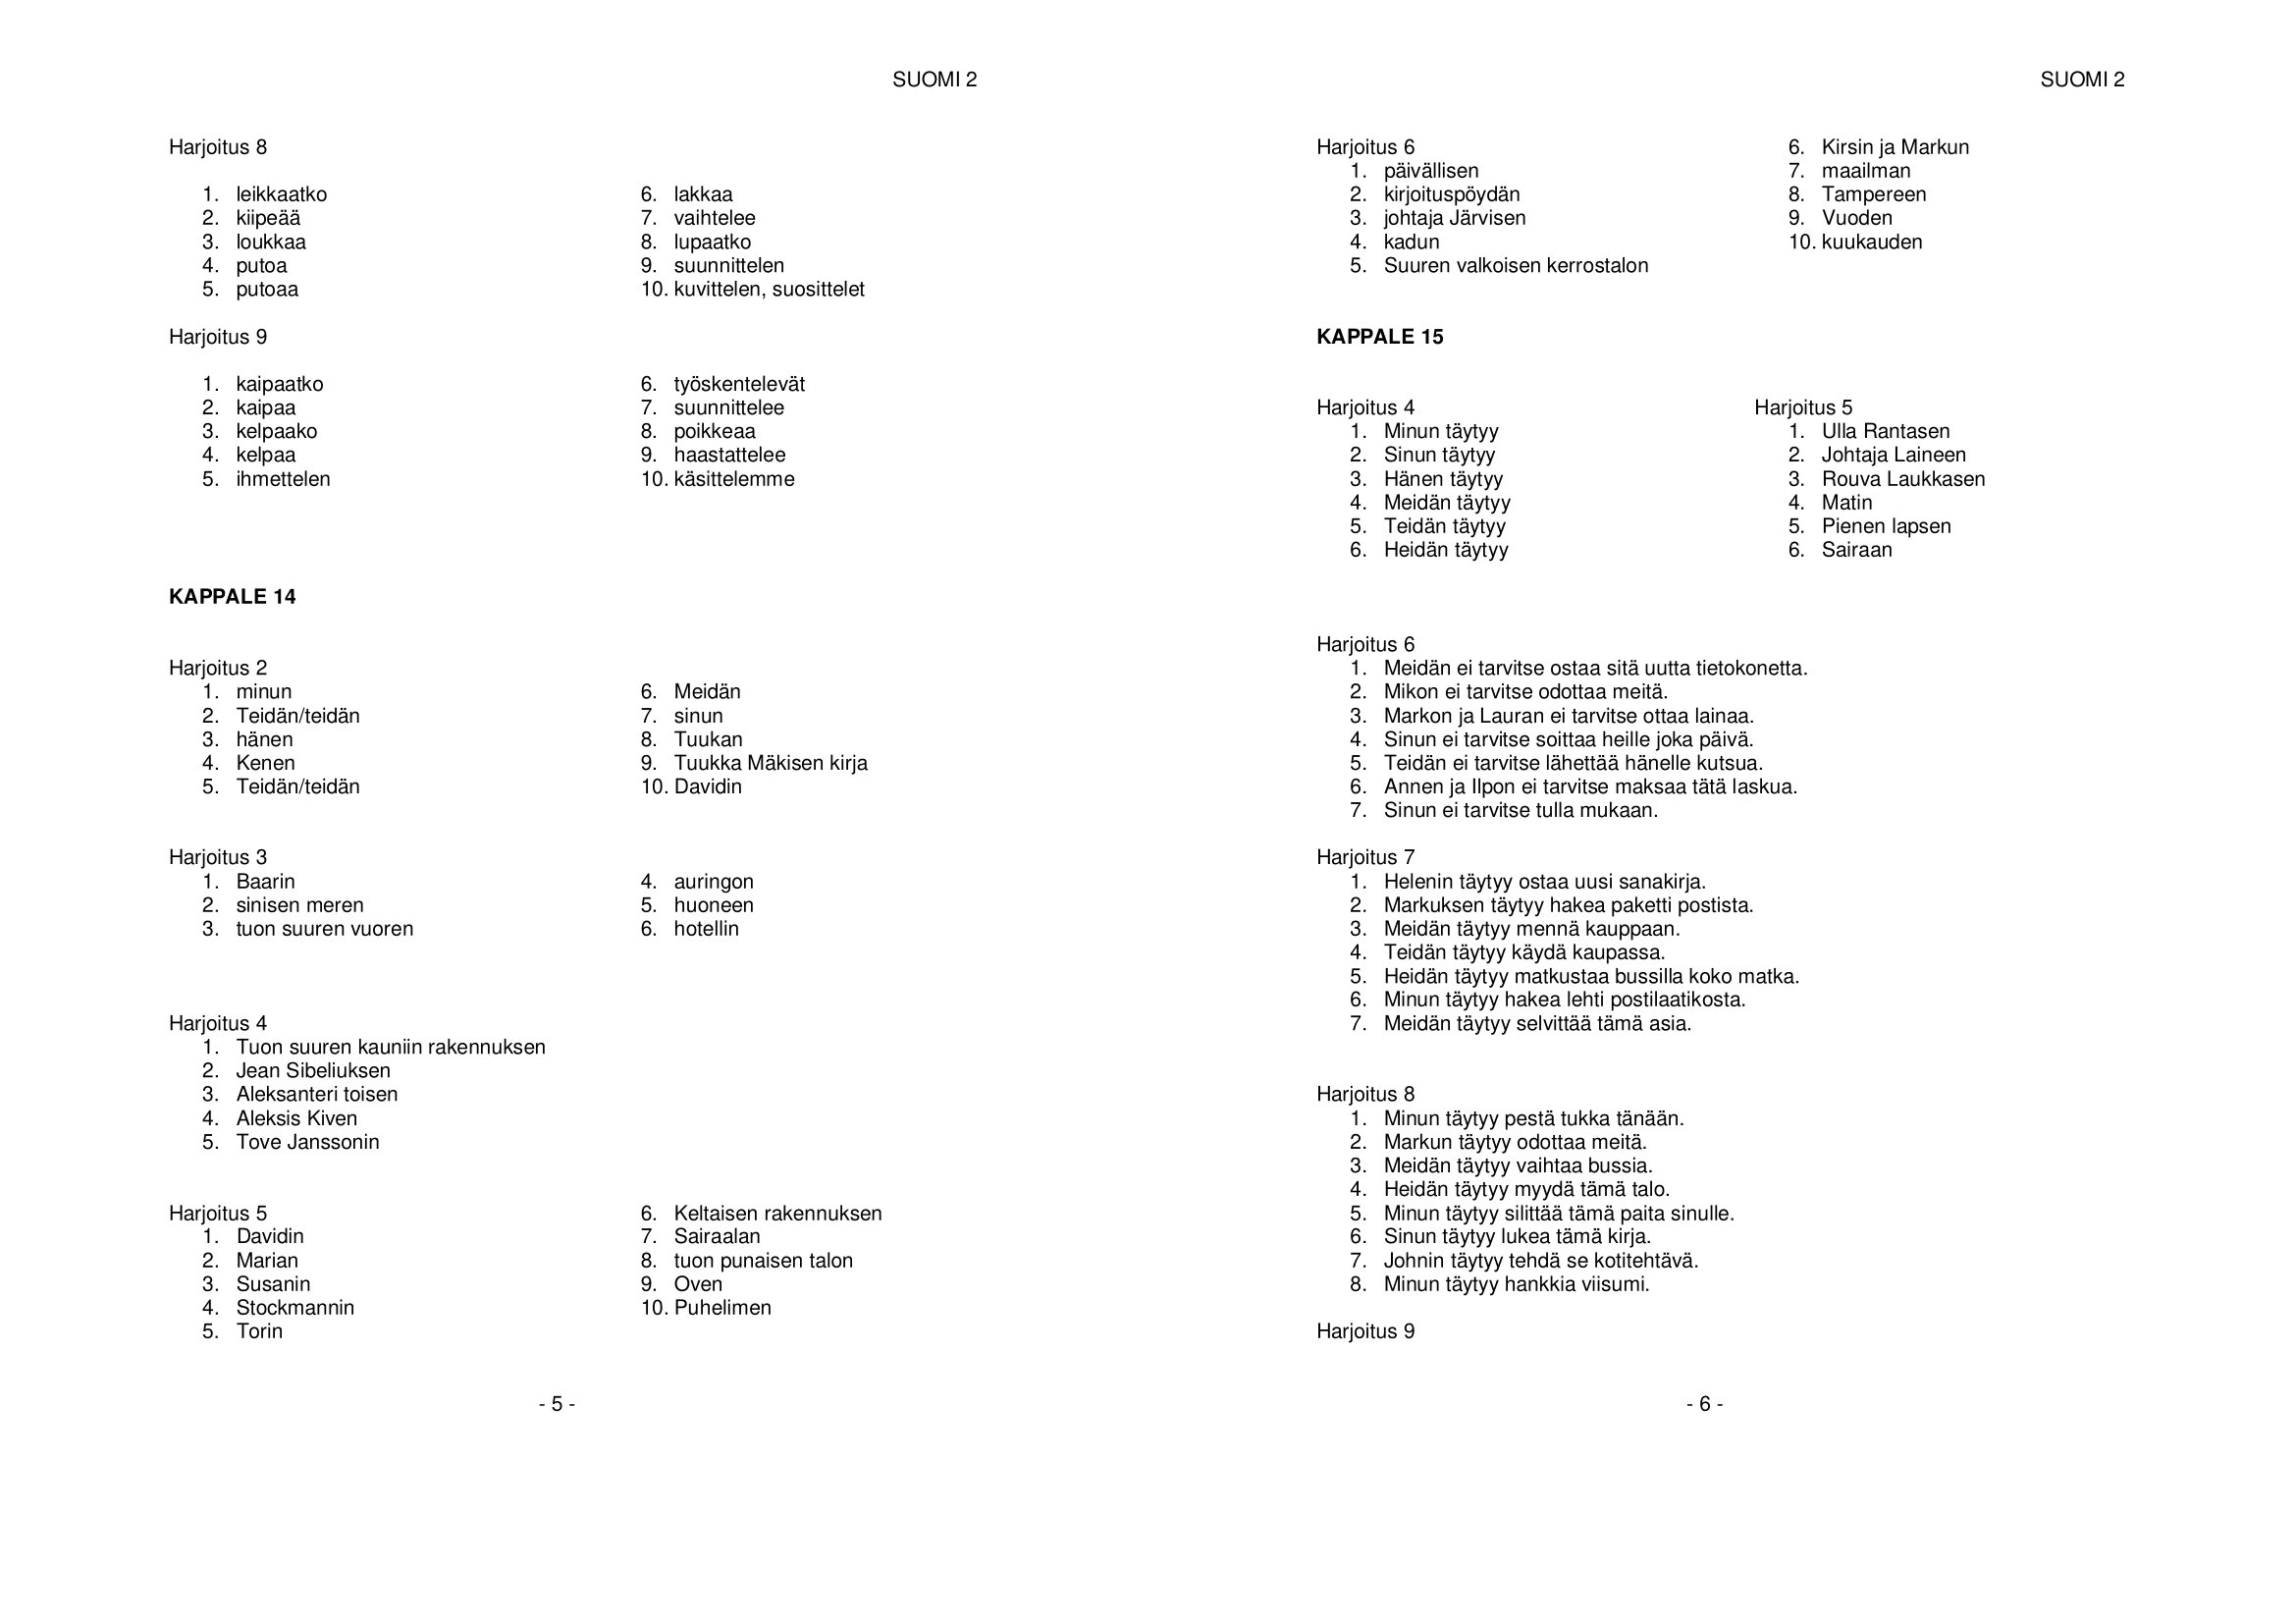
Language: fn